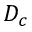
D _ { c }